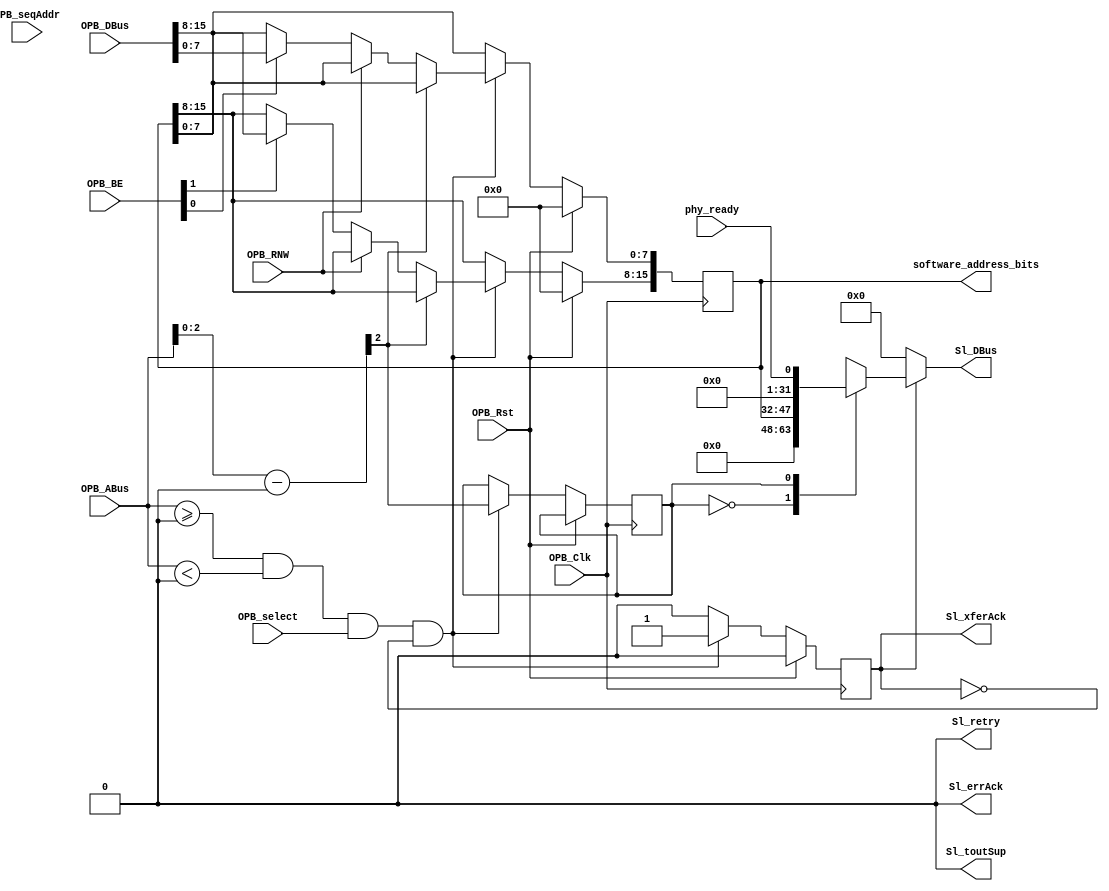
module ddr3_ctrl_opb_attach #(
    parameter C_BASEADDR     = 0,
    parameter C_HIGHADDR     = 0,
    parameter C_OPB_AWIDTH   = 32,
    parameter C_OPB_DWIDTH   = 32
  ) (
    input  OPB_Clk,
    input  OPB_Rst,
    output [0:31] Sl_DBus,
    output Sl_errAck,
    output Sl_retry,
    output Sl_toutSup,
    output Sl_xferAck,
    input  [0:31] OPB_ABus,
    input  [0:3]  OPB_BE,
    input  [0:31] OPB_DBus,
    input  OPB_RNW,
    input  OPB_select,
    input  OPB_seqAddr,
    output [15:0] software_address_bits,
    input  phy_ready
  );


  /************************** Registers *******************************/

  localparam REG_SOFTADDR = 0;
  /* Stores the software controlled ddr3 address bits.
   * Only a limited amount of memory can be mapped to the DDR3 on ROACH
   * which necessitates the use of the MSBs of the DDR3 address to be control
   * by an indirect software register
   */
  localparam REG_PHYREADY = 1;

  /**************** Control Registers OPB Attachment ******************/
  
  /* OPB Address Decoding */
  wire [31:0] opb_addr = OPB_ABus - C_BASEADDR;
  wire opb_sel = (OPB_ABus >= C_BASEADDR && OPB_ABus < C_HIGHADDR) && OPB_select;


  /* OPB Registers */
  reg Sl_xferAck_reg;
  reg [15:0] soft_addr_reg;
  reg opb_data_sel;

  always @(posedge OPB_Clk) begin
    Sl_xferAck_reg <= 1'b0;

    if (OPB_Rst) begin
      soft_addr_reg <= 16'b0;
    end else begin
      if (opb_sel && !Sl_xferAck_reg) begin
        Sl_xferAck_reg <= 1'b1;
        opb_data_sel        <= opb_addr[2:2];

        case (opb_addr[2:2])  /* convert byte to word addressing */
          REG_SOFTADDR: begin
            if (!OPB_RNW) begin
              if (OPB_BE[3])
                soft_addr_reg[7:0]  <= OPB_DBus[24:31];
              if (OPB_BE[2])
                soft_addr_reg[15:8] <= OPB_DBus[16:23];
            end
          end
        endcase
      end
    end
  end

  /* Continuous Read Logic */
  reg [0:31] Sl_DBus_reg;

  always @(*) begin
    if (Sl_xferAck_reg) begin
      case (opb_data_sel) 
        REG_SOFTADDR: begin
          Sl_DBus_reg <= {16'h0, soft_addr_reg};
        end
        REG_PHYREADY: begin
          Sl_DBus_reg <= {31'h0, phy_ready};
        end
        default: begin
          Sl_DBus_reg <= 32'h0;
        end
      endcase
    end else begin
      Sl_DBus_reg <= 32'b0;
    end
  end

  /* OPB output assignments */

  assign Sl_errAck   = 1'b0;
  assign Sl_retry    = 1'b0;
  assign Sl_toutSup  = 1'b0;
  assign Sl_xferAck  = Sl_xferAck_reg;
  assign Sl_DBus     = Sl_DBus_reg;

  /* */
  assign software_address_bits = soft_addr_reg;

endmodule